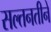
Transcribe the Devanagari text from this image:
सल्तनतीने